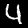
Digit: 4